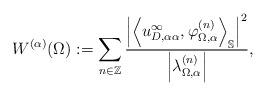
LaTeX: \begin{align*}W^{(\alpha)}(\Omega) := \sum_{n \in \mathbb{Z}} \frac{\left|\left\langle u_{D,\alpha \alpha}^{\infty}, \varphi^{(n)}_{\Omega,\alpha}\right\rangle_{\mathbb{S}}\right|^{2}}{\left|\lambda^{(n)}_{\Omega,\alpha}\right|},\end{align*}